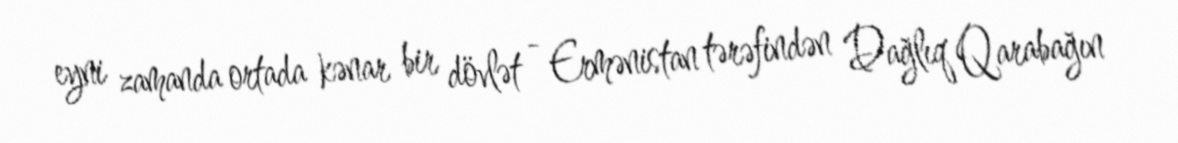
eyni zamanda ortada kənar bir dövlət - Ermənistan tərəfindən Dağlıq Qarabağın